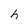
Character: h